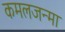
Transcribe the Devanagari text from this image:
कमलजन्मा